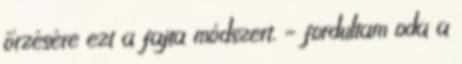
őrzésére ezt a fajta módszert. – fordultam oda a